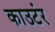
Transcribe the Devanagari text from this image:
काउटंर